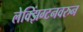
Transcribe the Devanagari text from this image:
लेक्झिंग्टनवरुन